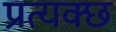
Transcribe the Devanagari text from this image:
प्रत्यक्छ